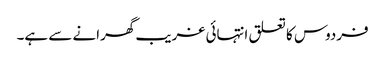
فردوس کا تعلق انتہائی غریب گھرانے سے ہے۔